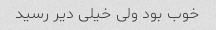
خوب بود ولی خیلی دیر رسید